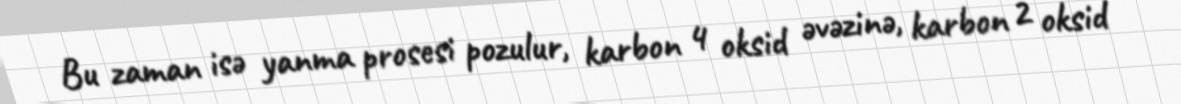
Bu zaman isə yanma prosesi pozulur, karbon 4 oksid əvəzinə, karbon 2 oksid